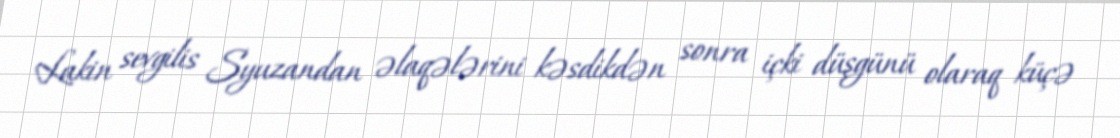
Lakin sevgilis Syuzandan əlaqələrini kəsdikdən sonra içki düşgünü olaraq küçə